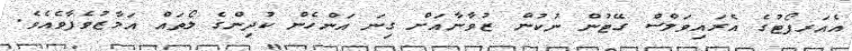
އެއަރޕޯޓުގެ އެރައިވަލްސް ގޭޓުން ނުކުން ޒުވާނާއަށް ގިނަ އަންހެން ކުދިންގެ ލޯތައް އަމާޒުވެފާވެއެވެ.